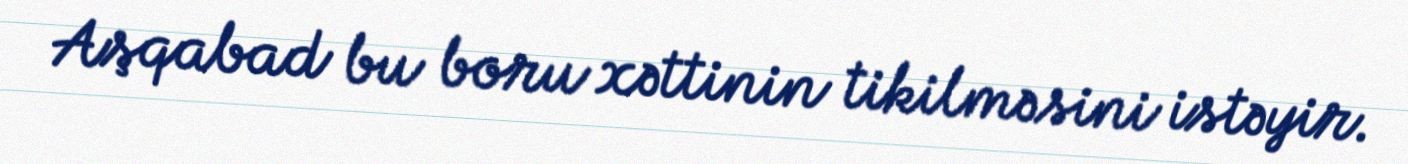
Aşqabad bu boru xəttinin tikilməsini istəyir.